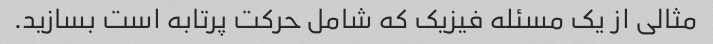
مثالی از یک مسئله فیزیک که شامل حرکت پرتابه است بسازید.